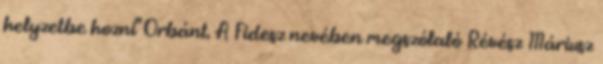
helyzetbe hozni" Orbánt. A Fidesz nevében megszólaló Révész Máriusz